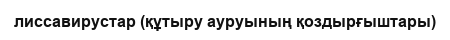
лиссавирустар (құтыру ауруының қоздырғыштары)